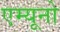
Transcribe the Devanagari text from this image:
एम्यूनो